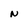
Character: N